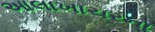
આલાખાચરના